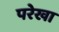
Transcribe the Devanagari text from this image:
परेखा